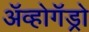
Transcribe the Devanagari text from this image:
अॅव्होगॅड्रो